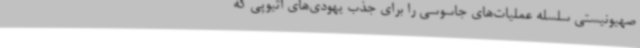
صهیونیستی سلسله عملیات‌های جاسوسی را برای جذب یهودی‌های اتیوپی که